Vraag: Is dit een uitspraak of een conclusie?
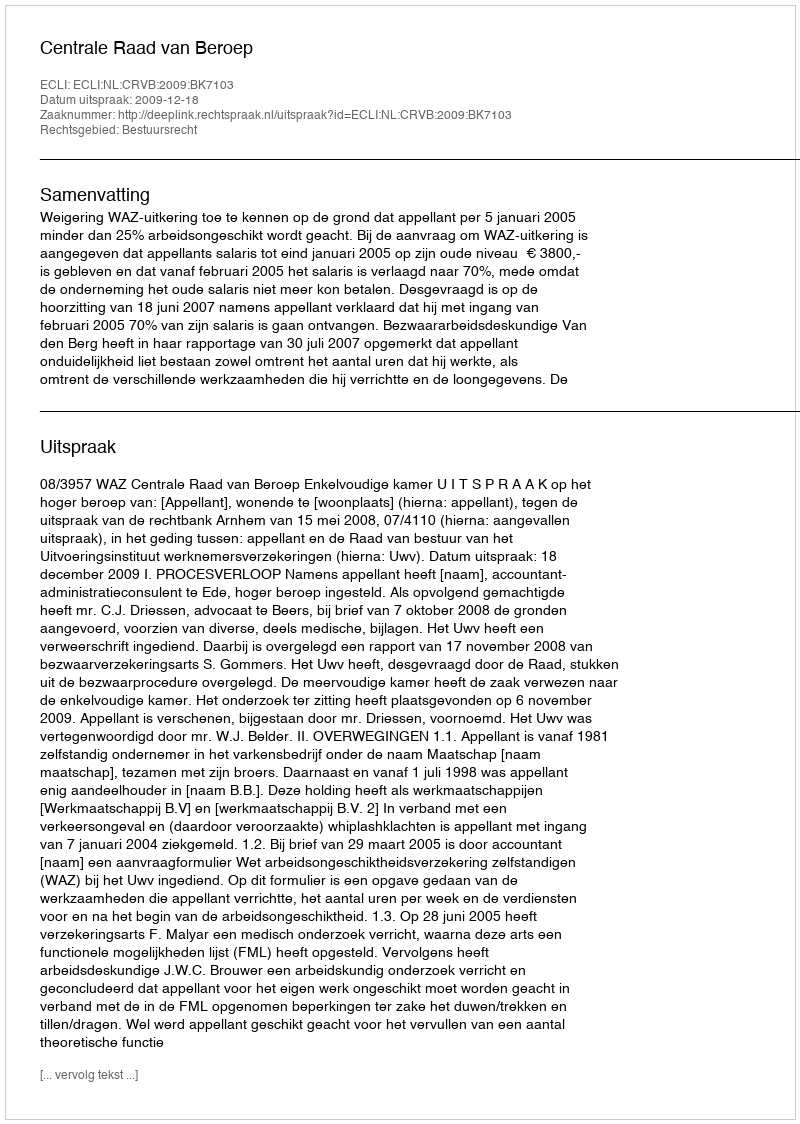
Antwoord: Uitspraak